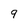
Character: 9